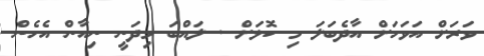
ވަރަށް އަވަހަށް އާދެބަލަ މި ކޮޅަށް . ލައްބަ މިދަނީ ނިއާން އެހެން